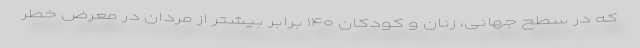
که در سطح جهانی، زنان و کودکان ۱۴۰ برابر بیشتر از مردان در معرض خطر